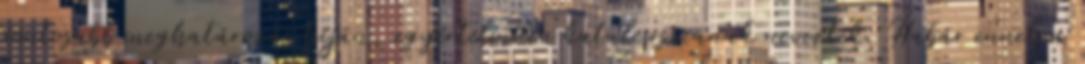
pontosabb meghatározás híján, egyértelműen katalepsziának neveztek. Habár ennek a